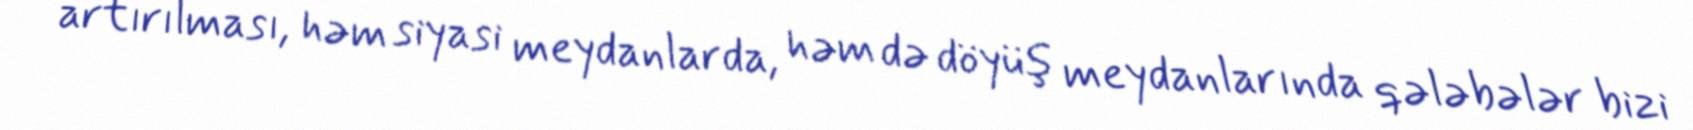
artırılması, həm siyasi meydanlarda, həm də döyüş meydanlarında qələbələr bizi